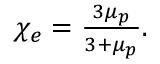
\begin{array} { r } { \chi _ { e } = \frac { 3 \mu _ { p } } { 3 + \mu _ { p } } . } \end{array}